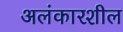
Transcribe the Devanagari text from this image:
अलंकारशील